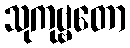
သုကုဗ္ဗတော